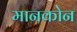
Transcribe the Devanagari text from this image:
मानकोन